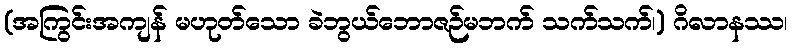
(အကြွင်းအကျန် မဟုတ်သော ခဲဘွယ်ဘောဇဉ်မဘက် သက်သက်၊) ဂိလာနဿ၊